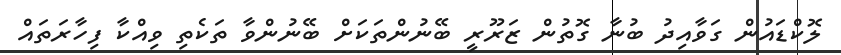
ލޮކްޑައުން ގަވާއިދު ބުނާ ގޮތުން ޒަރޫރީ ބޭނުންތަކަށް ބޭނުންވާ ތަކެތި ވިއްކާ ފިހާރަތައް